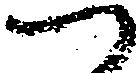
つ